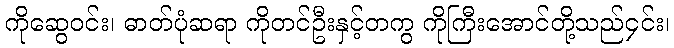
ကိုဆွေဝင်း၊ ဓာတ်ပုံဆရာ ကိုတင်ဦးနှင့်တကွ ကိုကြီးအောင်တို့သည်၄င်း၊